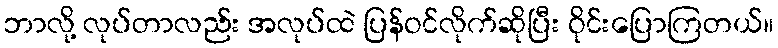
ဘာလို့ လုပ်တာလည်း အလုပ်ထဲ ပြန်ဝင်လိုက်ဆိုပြီး ဝိုင်းပြောကြတယ်။